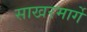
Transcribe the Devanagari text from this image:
साखरमार्गे